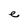
Character: e